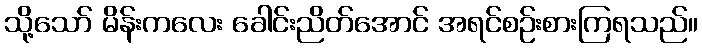
သို့သော် မိန်းကလေး ခေါင်းညိတ်အောင် အရင်စဉ်းစားကြရသည်။